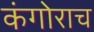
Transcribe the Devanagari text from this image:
कंगोराच